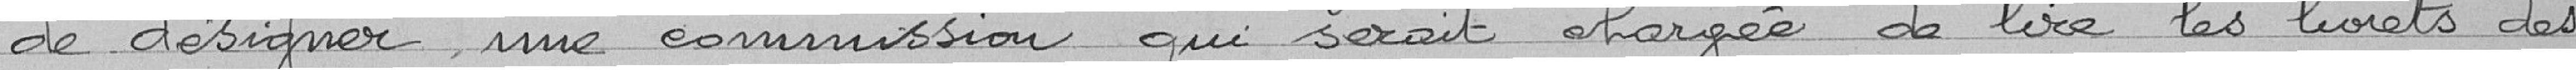
de désigner une commission qui serait chargée de lire les livrets des